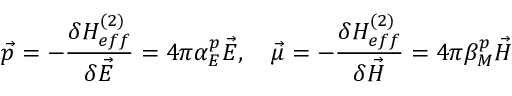
\vec { p } = - { \frac { \delta H _ { e f f } ^ { ( 2 ) } } { \delta \vec { E } } } = 4 \pi \alpha _ { E } ^ { p } \vec { E } , \quad \vec { \mu } = - { \frac { \delta H _ { e f f } ^ { ( 2 ) } } { \delta \vec { H } } } = 4 \pi \beta _ { M } ^ { p } \vec { H }